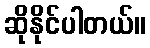
ဆိုနိုင်ပါတယ်။